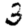
Digit: 3